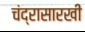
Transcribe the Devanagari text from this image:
चंद्रासारखी